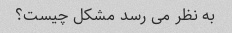
به نظر می رسد مشکل چیست؟